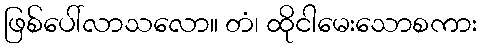
ဖြစ်ပေါ်လာသလော။ တံ၊ ထိုငါမေးသောစကား